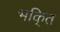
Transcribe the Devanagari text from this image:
भकि्‌त